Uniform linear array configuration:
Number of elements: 24
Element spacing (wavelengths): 0.25
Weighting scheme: uniform
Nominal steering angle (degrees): -60
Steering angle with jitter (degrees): -58.505
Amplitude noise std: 0.05
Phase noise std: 0.05

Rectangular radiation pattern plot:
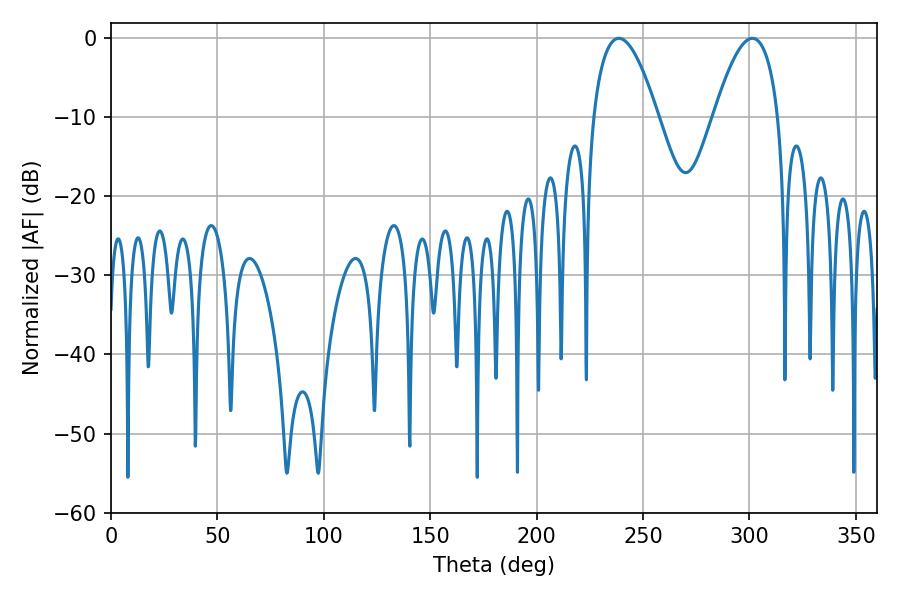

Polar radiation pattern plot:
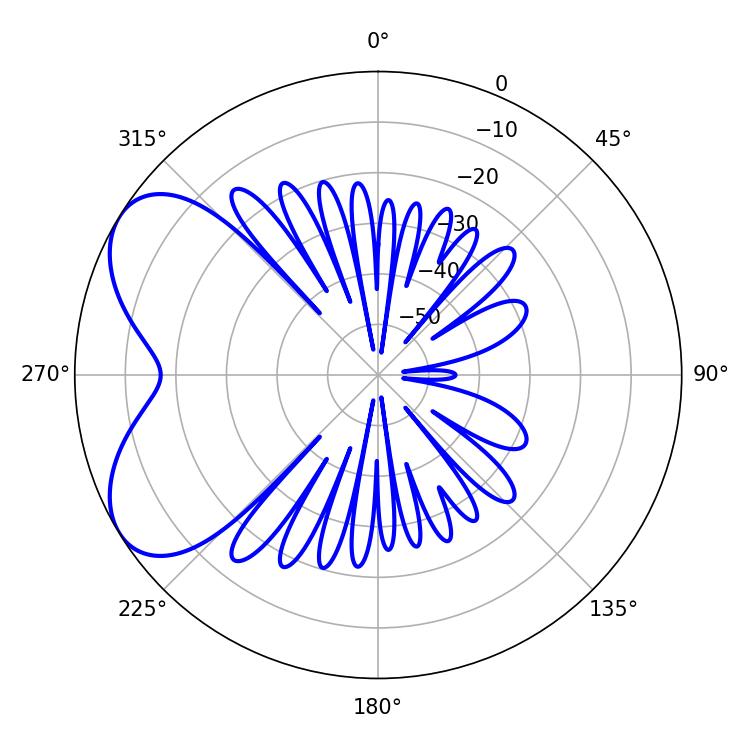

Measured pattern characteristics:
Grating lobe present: FALSE
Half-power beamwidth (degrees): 16.74
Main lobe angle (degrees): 238.68